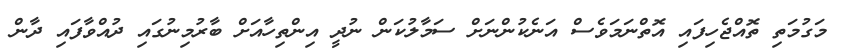
މަގުމަތި ތޮއްޖެހިފައި އޮތްނަމަވެސް އަނެކުންނަށް ސަމާލުކަން ނުދީ އިންތިހާއަށް ބާރުމިނުގައި ދުއްވާފައި ދާން